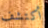
أكتشف